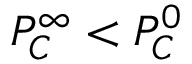
P _ { C } ^ { \infty } < P _ { C } ^ { 0 }